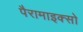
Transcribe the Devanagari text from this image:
पैरामाइक्सो